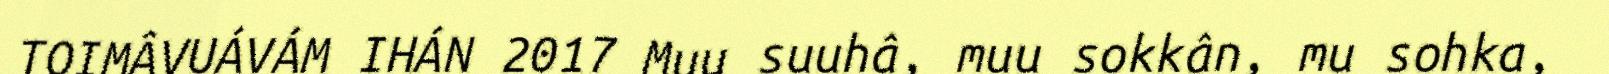
TOIMÂVUÁVÁM IHÁN 2017 Muu suuhâ, muu sokkân, mu sohka,